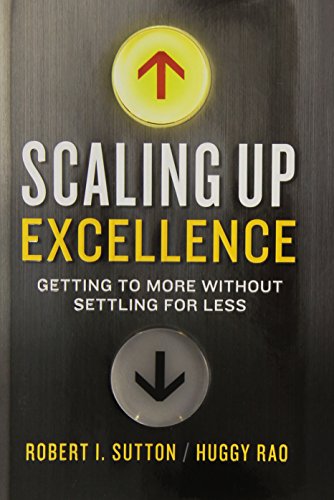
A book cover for Scaling Up Excellence: Getting to More Without Settling for Less; Robert I. Sutton; Business & Money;